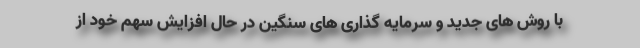
با روش های جدید و سرمایه گذاری های سنگین در حال افزایش سهم خود از